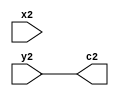
module alusecond(
   input [5:0] x2,y2,
   output [5:0] c2
    );
   assign c2 = y2; //we want the output B
endmodule